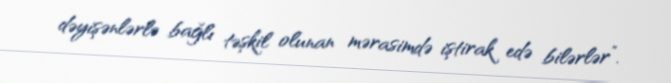
dəyişənlərlə bağlı təşkil olunan mərasimdə iştirak edə bilərlər”.